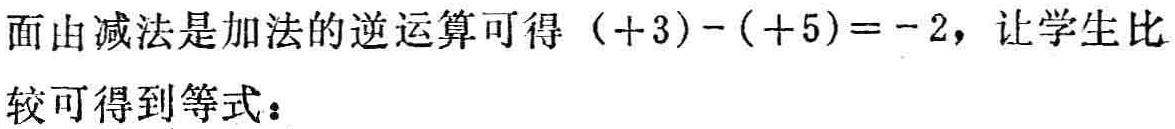
面由减法是加法的逆运算可得\((+3)-(+5)= - 2，让学生比

较可得到等式：